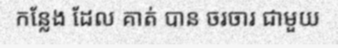
កន្លែង ដែល គាត់ បាន ចរចារ ជាមួយ